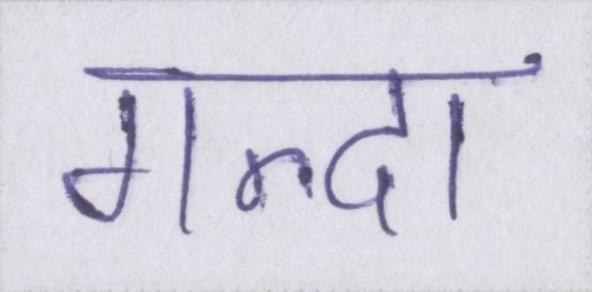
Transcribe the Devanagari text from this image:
गन्दा